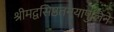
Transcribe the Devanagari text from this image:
श्रीमद्वसिष्ठतनयापुलिने